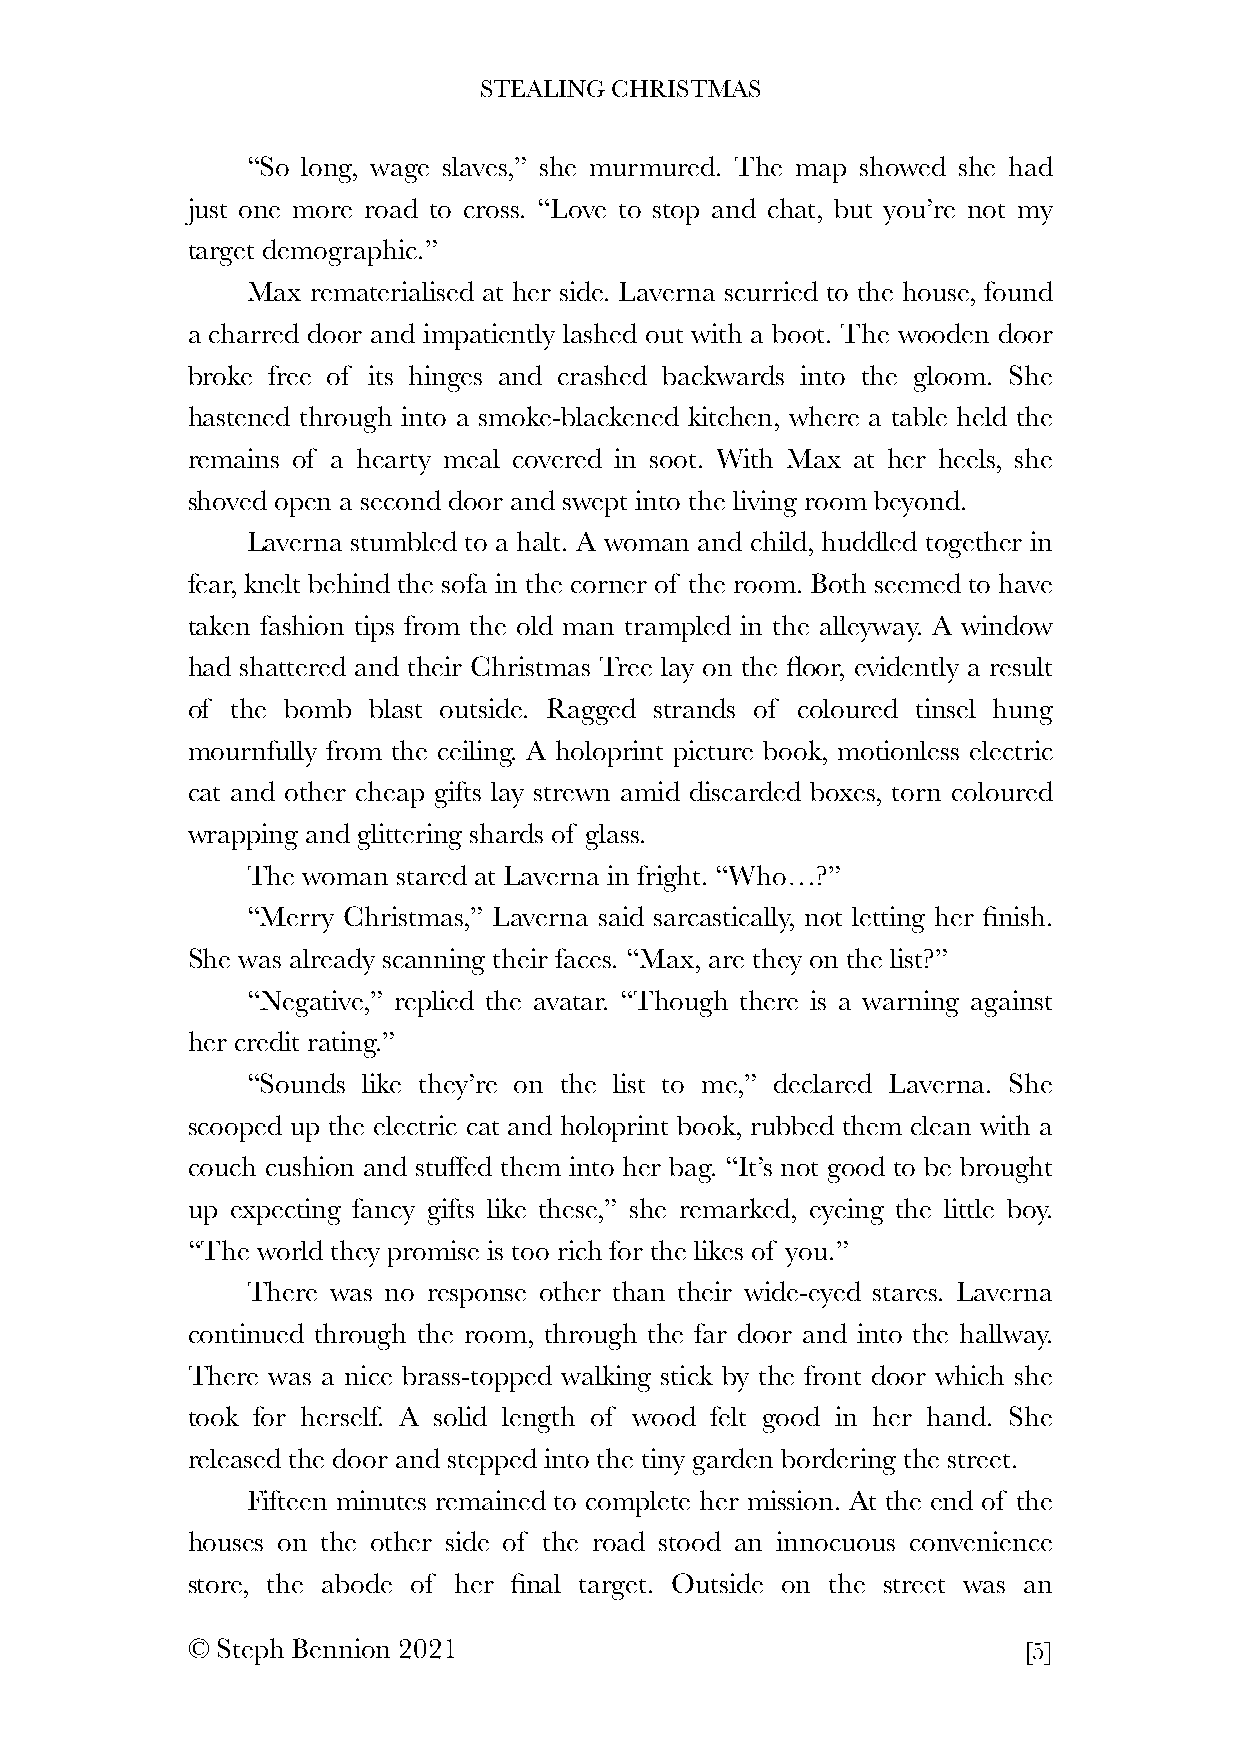
STEALING CHRISTMAS
 “So long, wage slaves,” she murmured. The map showed she had
 just one more road to cross. “Love to stop and chat, but you’re not my
 target demographic.”
 Max rematerialised at her side. Laverna scurried to the house, found
 a charred door and impatiently lashed out with a boot. The wooden door
 broke free of its hinges and crashed backwards into the gloom. She
 hastened through into a smoke-blackened kitchen, where a table held the
 remains of a hearty meal covered in soot. With Max at her heels, she
 shoved open a second door and swept into the living room beyond.
 Laverna stumbled to a halt. A woman and child, huddled together in
 fear, knelt behind the sofa in the corner of the room. Both seemed to have
 taken fashion tips from the old man trampled in the alleyway. A window
 had shattered and their Christmas Tree lay on the floor, evidently a result
 of the bomb blast outside. Ragged strands of coloured tinsel hung
 mournfully from the ceiling. A holoprint picture book, motionless electric
 cat and other cheap gifts lay strewn amid discarded boxes, torn coloured
 wrapping and glittering shards of glass.
 The woman stared at Laverna in fright. “Who…?”
 “Merry Christmas,” Laverna said sarcastically, not letting her finish.
 She was already scanning their faces. “Max, are they on the list?”
 “Negative,” replied the avatar. “Though there is a warning against
 her credit rating.”
 “Sounds like they’re on the list to me,” declared Laverna. She
 scooped up the electric cat and holoprint book, rubbed them clean with a
 couch cushion and stuffed them into her bag. “It’s not good to be brought
 up expecting fancy gifts like these,” she remarked, eyeing the little boy.
 “The world they promise is too rich for the likes of you.”
 There was no response other than their wide-eyed stares. Laverna
 continued through the room, through the far door and into the hallway.
 There was a nice brass-topped walking stick by the front door which she
 took for herself. A solid length of wood felt good in her hand. She
 released the door and stepped into the tiny garden bordering the street.
 Fifteen minutes remained to complete her mission. At the end of the
 houses on the other side of the road stood an innocuous convenience
 store, the abode of her final target. Outside on the street was an
 © Steph Bennion 2021                                    [5]